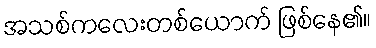
အသစ်ကလေးတစ်ယောက် ဖြစ်နေ၏။